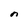
Character: n